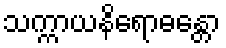
သက္ကာယနိရောဓန္တော